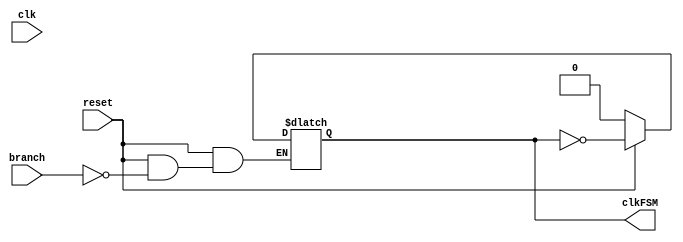
`timescale 1ns / 1ps

module FSMClockGenerator(
	input clk,
	input reset,
	input branch,
	output reg clkFSM
    );

always@(clk,reset)
begin
if(reset == 0)
clkFSM = 0;
else if(branch == 1)
clkFSM = ~clkFSM;
end
endmodule